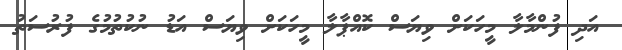
އަދި ފުންމާލާ މީހަކަށް ވިޔަސް ކޮއްޕާލާ މީހަކަށް ވިޔަސް އަޑު ނުކުތުމުގެ ފުރުސަތު